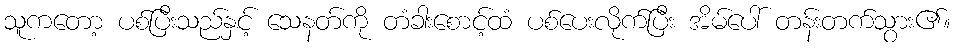
သူကတော့ ပစ်ပြီးသည်နှင့် သေနတ်ကို တံခါးစောင့်ထံ ပစ်ပေးလိုက်ပြီး အိမ်ပေါ် တန်းတက်သွား၏။